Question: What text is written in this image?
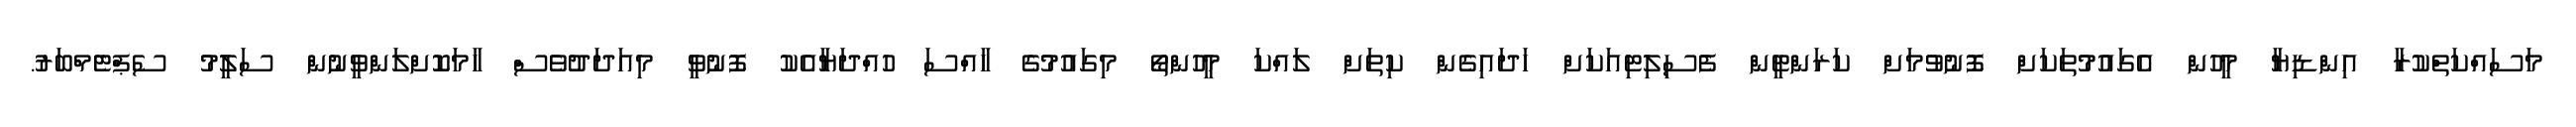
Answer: މަސައްކަތްކުރާ އިންޑިޔާ މީހުން އެގައުމުތަކަށް ފޮނުވުމަށް ކަރަންޓީން ފެސިލިޓިއަކަށް ހަދައިގެން ކިތަށް ލައްކަ މީހުންތޯ މިގައުމުގެ ހާއްސަ ހުއްދަޔާއެކު ފޮނުވީ މިއަދަދުވެސް ހާމަކޮށްލަންވީނުން ސަލީމު ސެޕްޓެމްބަރު.